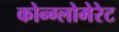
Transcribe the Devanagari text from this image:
कोन्ग्लोमेरेट